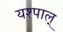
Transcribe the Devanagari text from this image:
यश्पाल्